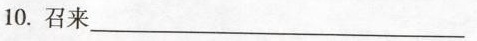
10.召来___